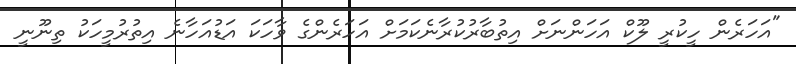
"އަހަރެން ހީކުރީ ލޫކް އަހަންނަށް އިތުބާރުކުރާނެކަމަށް އަހަރެންގެ ވާހަކަ އަޑުއަހާނެ އިތުރުމީހަކު ތިނޫނީ